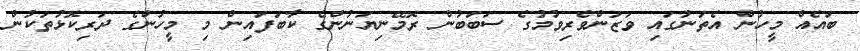
ބައެއް މީހުން އެތަނުގައި ވަޒަންވެރިވުމުގެ ސަބަބުން ރޮމޭނިޔަނުންގެ ކާބަފައިން މި މީހުންގެ ދަރިކޮޅުތަކުން